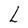
Character: L